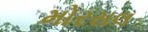
મોરસલ